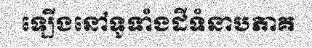
ឡើងនៅទូទាំងដីទំនាបភាគ